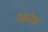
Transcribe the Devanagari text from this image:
आरेङ